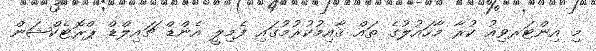
މި އިންޓަރވިއު ކުރާ މާހައުލުގެ ތައް ޤާއިމުކުރުމުގައި ފެމިލީ އެންޑް ޗައިލްޑް ޕްރޮޓެކްޝަން